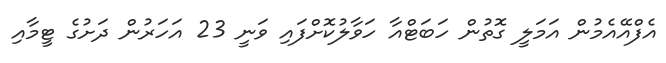
އެފްއޭއެމުން އަމަލީ ގޮތުން ހަބަޓްއާ ހަވާލުކޮށްފައި ވަނީ 23 އަހަރުން ދަށުގެ ޓީމާއި